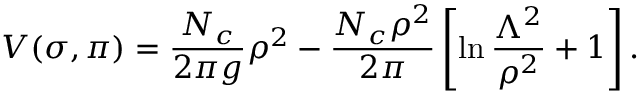
V ( \sigma , \pi ) = \frac { N _ { c } } { 2 \pi g } \rho ^ { 2 } - \frac { N _ { c } \rho ^ { 2 } } { 2 \pi } \left[ \ln \frac { \Lambda ^ { 2 } } { \rho ^ { 2 } } + 1 \right] .